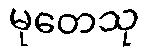
မုတေသု